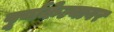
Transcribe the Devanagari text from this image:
पूर्णकेल्यावर